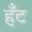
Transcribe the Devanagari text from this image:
हँट